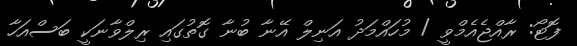
ފޮޓޯ: ރާއްޖެއެމްވީ / މުހައްމަދު އަނިލް އޭނާ ބުނާ ގޮތުގައި ރިލްވާނަކީ ބަސްއަހާ